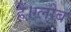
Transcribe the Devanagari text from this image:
हैं।ग्लोब